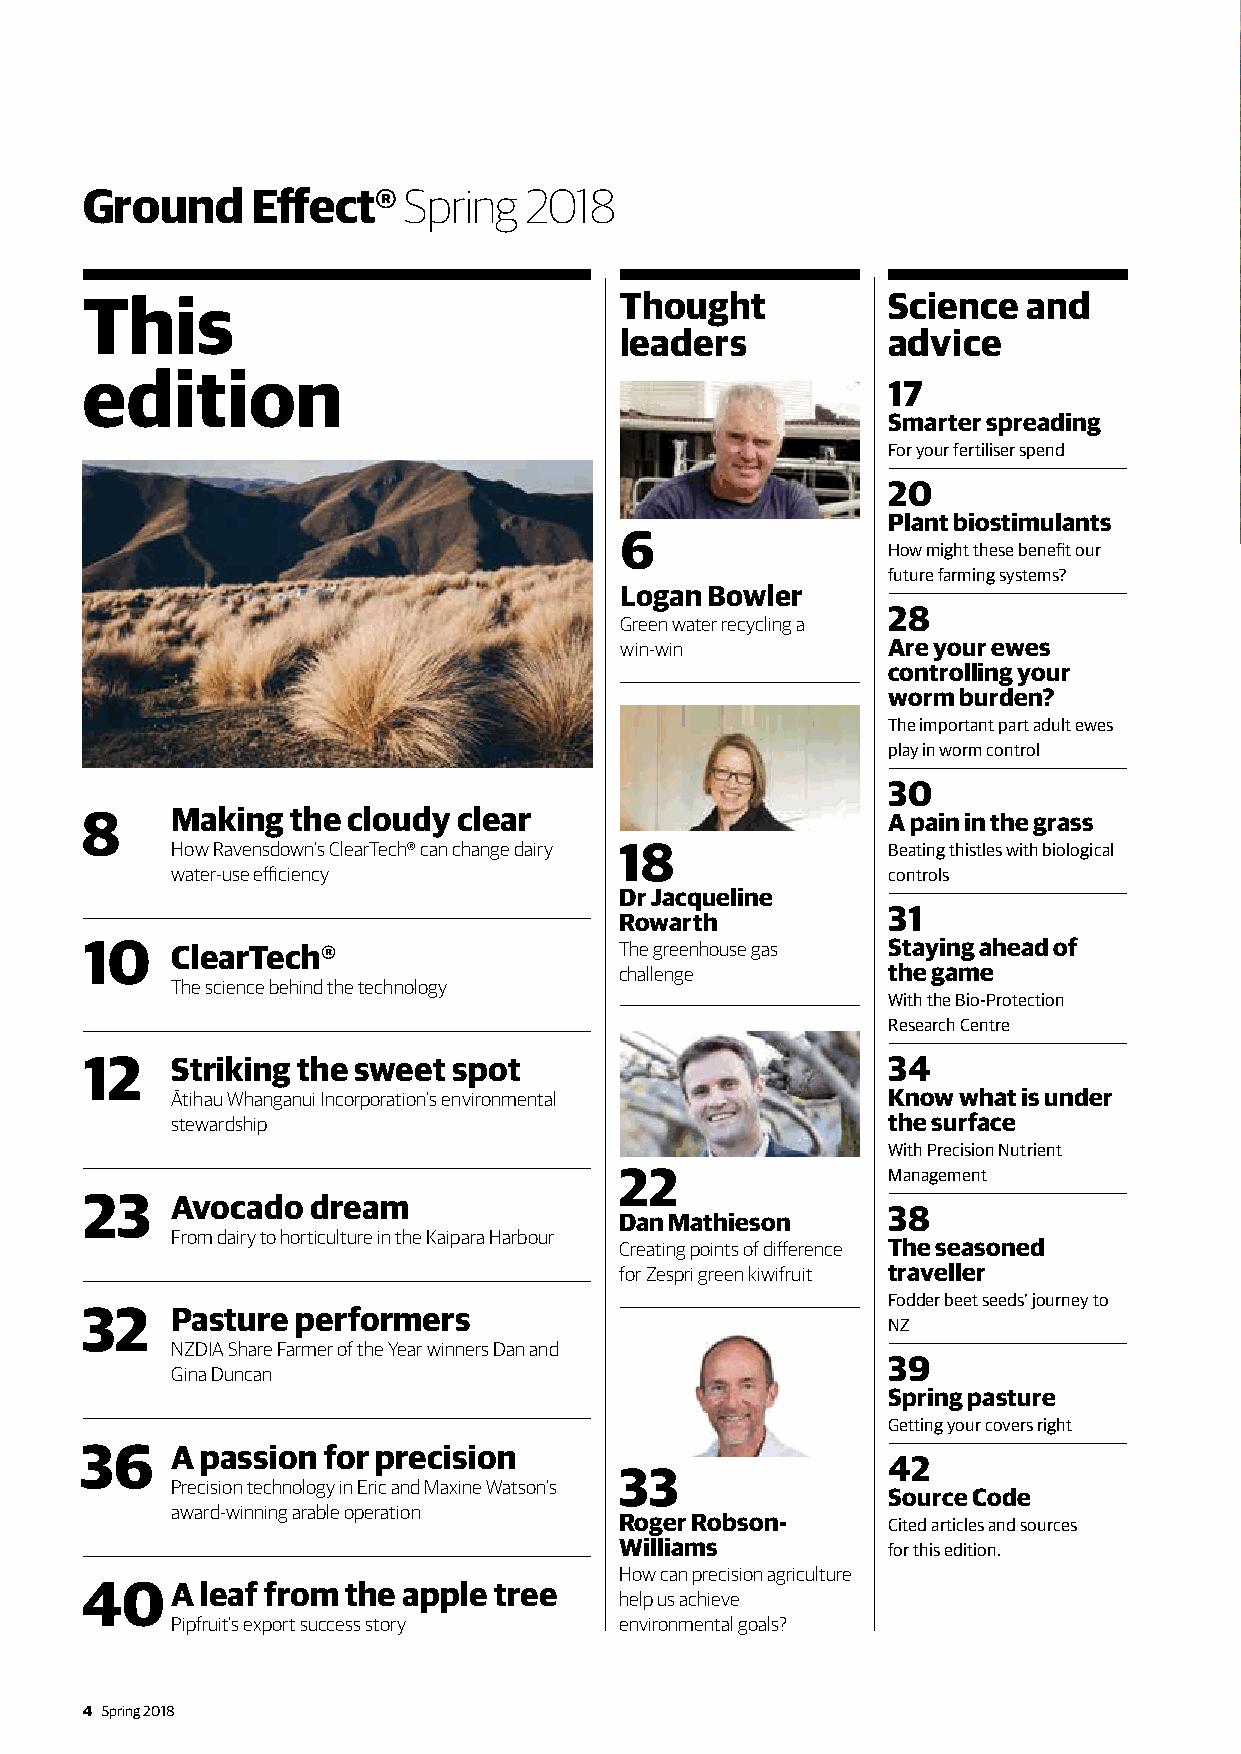
Ground      Effect®   Spring  2018
 This                                Thought           Science  and
 leaders           advice
 edition
 17
 Smarter spreading
 For your fertiliser spend
 20
 Plant biostimulants
 6
 How might these benefit our
 future farming systems?
 Logan Bowler
 28
 Green water recycling a
 win-win           Are your ewes
 controlling your
 worm burden?
 The important part adult ewes
 play in worm control
 30
 Making  the cloudy clear
 A pain in the grass
 How Ravensdown’s ClearTech® can change dairy 18 Beating thistles with biological
 water-use efficiency                            controls
 Dr Jacqueline
 31
 Rowarth
 ClearTech®                    The greenhouse gas Staying ahead of
 challenge         the game
 The science behind the technology
 With the Bio-Protection
 Research Centre
 Striking the sweet spot                         34
 Ātihau Whanganui Incorporation’s environmental  Know what is under
 stewardship                                     the surface
 With Precision Nutrient
 22                Management
 Avocado   dream
 38
 Dan Mathieson
 From dairy to horticulture in the Kaipara Harbour
 Creating points of difference The seasoned
 for Zespri green kiwifruit traveller
 Fodder beet seeds’ journey to
 Pasture  performers
 NZ
 NZDIA Share Farmer of the Year winners Dan and
 39
 Gina Duncan
 Spring pasture
 Getting your covers right
 A passion for precision
 42
 33
 Precision technology in Eric and Maxine Watson’s
 Source Code
 award-winning arable operation
 Roger Robson-     Cited articles and sources
 Williams          for this edition.
 How can precision agriculture
 A leaf from the apple tree
 help us achieve
 Pipfruit’s export success story environmental goals?
 4 Spring 2018